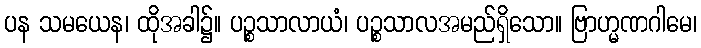
ပန သမယေန၊ ထိုအခါ၌။ ပဉ္စသာလာယံ၊ ပဉ္စသာလအမည်ရှိသော။ ဗြာဟ္မဏဂါမေ၊